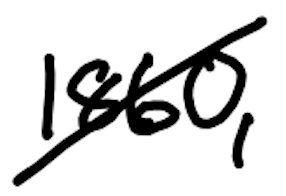
Text: 1860,
Cross-out: diagonal
Writing tool: digital_black